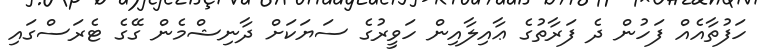
ހަފުތާއެއް ފަހުން ދެ ފަރާތުގެ ޢާއިލާއިން ހަވީރުގެ ސަޔަކަށް ދާނިޝްމެން ގޭގެ ޓެރަސްގައި